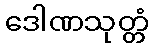
ဒေါဏသုတ္တံ